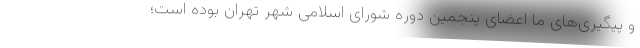
و پیگیری‌های ما اعضای پنجمین دوره شورای اسلامی شهر تهران بوده است؛